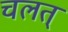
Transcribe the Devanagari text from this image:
चलत्